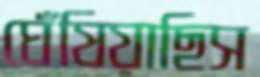
ঘেঁষিয়াছিস